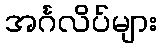
အင်္ဂလိပ်များ